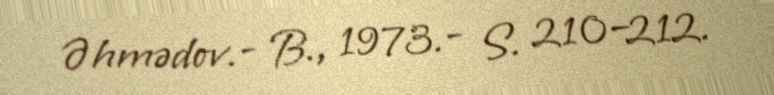
Əhmədov.- B., 1973.- S. 210–212.